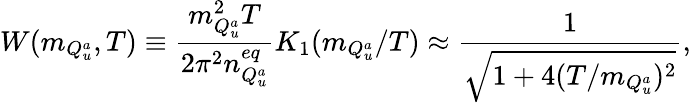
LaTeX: W(m_{Q_{u}^{a}},T)\equiv\frac{m_{Q_{u}^{a}}^{2}T}{2\pi^{2}n_{Q_{u}^{a}}^{eq}}K_{1}(m_{Q_{u}^{a}}/T)\approx\frac{1}{\sqrt{1+4(T/m_{Q_{u}^{a}})^{2}}},